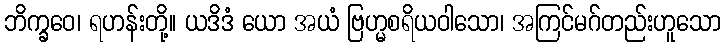
ဘိက္ခဝေ၊ ရဟန်းတို့။ ယဒိဒံ ယော အယံ ဗြဟ္မစရိယဝါသော၊ အကြင်မဂ်တည်းဟူသော